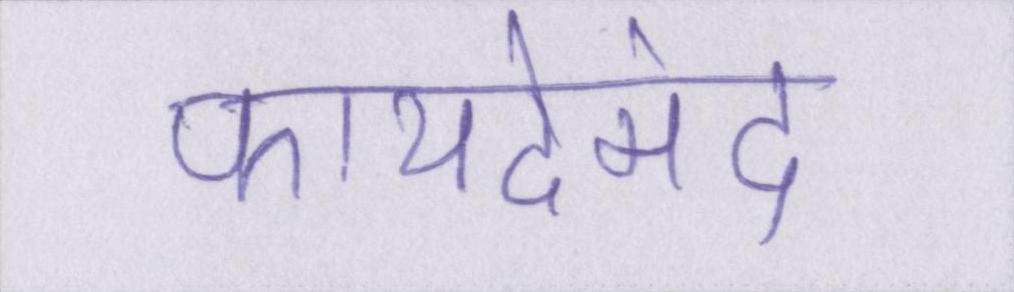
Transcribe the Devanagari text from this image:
फायदेमंद